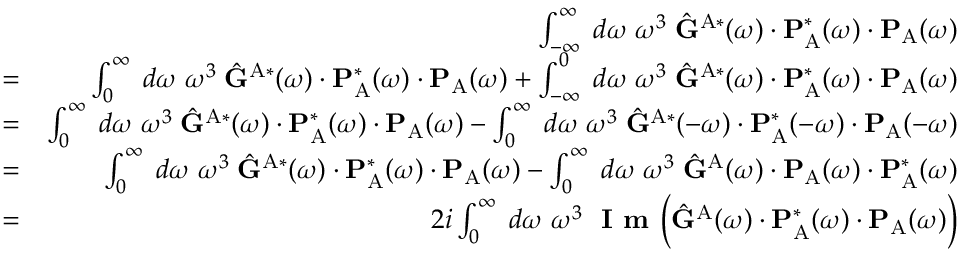
\begin{array} { r l r } & { } & { \int _ { - \infty } ^ { \infty } \; d \omega \; \omega ^ { 3 } \; \hat { \mathbf { G } } ^ { \mathrm { A } * } ( \omega ) \cdot \mathbf { P } _ { \mathrm { A } } ^ { * } ( \omega ) \cdot \mathbf { P } _ { \mathrm { A } } ( \omega ) } \\ & { = } & { \int _ { 0 } ^ { \infty } \; d \omega \; \omega ^ { 3 } \; \hat { \mathbf { G } } ^ { \mathrm { A } * } ( \omega ) \cdot \mathbf { P } _ { \mathrm { A } } ^ { * } ( \omega ) \cdot \mathbf { P } _ { \mathrm { A } } ( \omega ) + \int _ { - \infty } ^ { 0 } \; d \omega \; \omega ^ { 3 } \; \hat { \mathbf { G } } ^ { \mathrm { A } * } ( \omega ) \cdot \mathbf { P } _ { \mathrm { A } } ^ { * } ( \omega ) \cdot \mathbf { P } _ { \mathrm { A } } ( \omega ) } \\ & { = } & { \int _ { 0 } ^ { \infty } \; d \omega \; \omega ^ { 3 } \; \hat { \mathbf { G } } ^ { \mathrm { A } * } ( \omega ) \cdot \mathbf { P } _ { \mathrm { A } } ^ { * } ( \omega ) \cdot \mathbf { P } _ { \mathrm { A } } ( \omega ) - \int _ { 0 } ^ { \infty } \; d \omega \; \omega ^ { 3 } \; \hat { \mathbf { G } } ^ { \mathrm { A } * } ( - \omega ) \cdot \mathbf { P } _ { \mathrm { A } } ^ { * } ( - \omega ) \cdot \mathbf { P } _ { \mathrm { A } } ( - \omega ) } \\ & { = } & { \int _ { 0 } ^ { \infty } \; d \omega \; \omega ^ { 3 } \; \hat { \mathbf { G } } ^ { \mathrm { A } * } ( \omega ) \cdot \mathbf { P } _ { \mathrm { A } } ^ { * } ( \omega ) \cdot \mathbf { P } _ { \mathrm { A } } ( \omega ) - \int _ { 0 } ^ { \infty } \; d \omega \; \omega ^ { 3 } \; \hat { \mathbf { G } } ^ { \mathrm { A } } ( \omega ) \cdot \mathbf { P } _ { \mathrm { A } } ( \omega ) \cdot \mathbf { P } _ { \mathrm { A } } ^ { * } ( \omega ) } \\ & { = } & { 2 i \int _ { 0 } ^ { \infty } \; d \omega \; \omega ^ { 3 } \; \textbf { I m } \Big ( \hat { \mathbf { G } } ^ { \mathrm { A } } ( \omega ) \cdot \mathbf { P } _ { \mathrm { A } } ^ { * } ( \omega ) \cdot \mathbf { P } _ { \mathrm { A } } ( \omega ) \Big ) } \end{array}